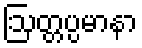
ဩတ္တပ္ပမာနာ